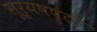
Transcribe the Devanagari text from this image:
सूर्यषष्ठी